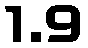
1.9